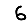
Digit: 6